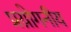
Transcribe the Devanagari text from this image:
प्रय़ोगनीय